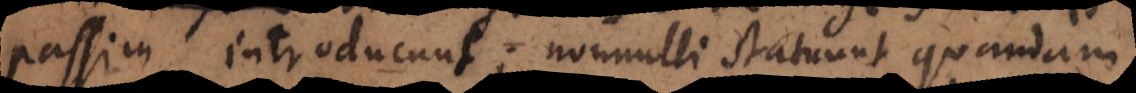
passim introducunt; nonnulli statuunt quandam